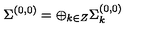
\Sigma ^ { ( 0 , 0 ) } = \oplus _ { k \in Z } \Sigma _ { k } ^ { ( 0 , 0 ) }